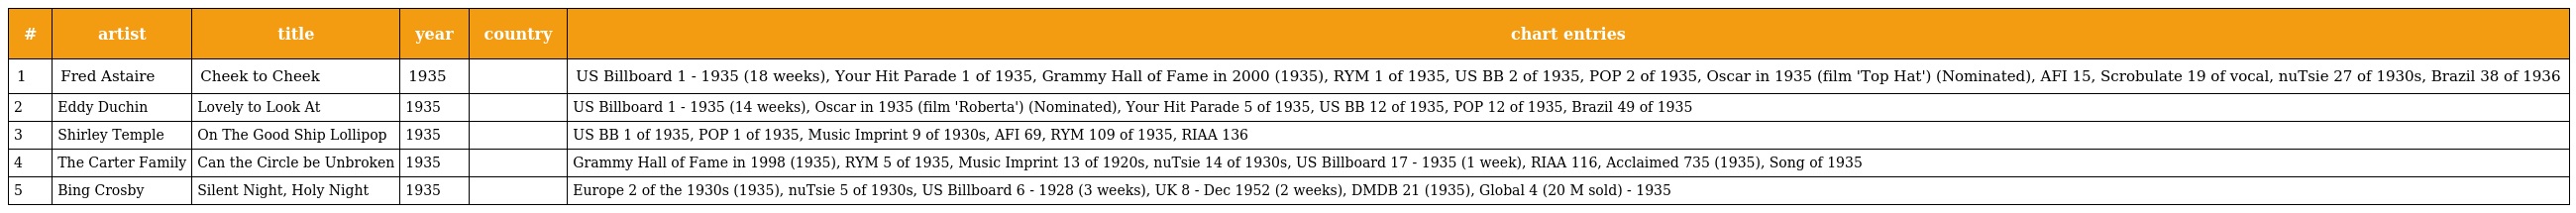
| # | artist | title | year | country | chart entries |
 | --- | --- | --- | --- | --- | --- |
 | 1 | Fred Astaire | Cheek to Cheek | 1935 |  | US Billboard 1 - 1935 (18 weeks), Your Hit Parade 1 of 1935, Grammy Hall of Fame in 2000 (1935), RYM 1 of 1935, US BB 2 of 1935, POP 2 of 1935, Oscar in 1935 (film 'Top Hat') (Nominated), AFI 15, Scrobulate 19 of vocal, nuTsie 27 of 1930s, Brazil 38 of 1936 |
 | 2 | Eddy Duchin | Lovely to Look At | 1935 |  | US Billboard 1 - 1935 (14 weeks), Oscar in 1935 (film 'Roberta') (Nominated), Your Hit Parade 5 of 1935, US BB 12 of 1935, POP 12 of 1935, Brazil 49 of 1935 |
 | 3 | Shirley Temple | On The Good Ship Lollipop | 1935 |  | US BB 1 of 1935, POP 1 of 1935, Music Imprint 9 of 1930s, AFI 69, RYM 109 of 1935, RIAA 136 |
 | 4 | The Carter Family | Can the Circle be Unbroken | 1935 |  | Grammy Hall of Fame in 1998 (1935), RYM 5 of 1935, Music Imprint 13 of 1920s, nuTsie 14 of 1930s, US Billboard 17 - 1935 (1 week), RIAA 116, Acclaimed 735 (1935), Song of 1935 |
 | 5 | Bing Crosby | Silent Night, Holy Night | 1935 |  | Europe 2 of the 1930s (1935), nuTsie 5 of 1930s, US Billboard 6 - 1928 (3 weeks), UK 8 - Dec 1952 (2 weeks), DMDB 21 (1935), Global 4 (20 M sold) - 1935 |